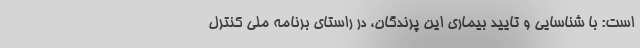
است: با شناسایی و تایید بیماری این پرندگان، در راستای برنامه ملی کنترل